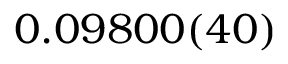
0 . 0 9 8 0 0 ( 4 0 )